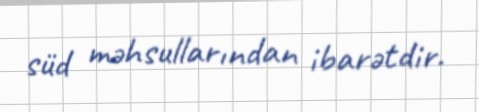
süd məhsullarından ibarətdir.